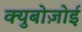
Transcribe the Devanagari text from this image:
क्युबोज़ोई